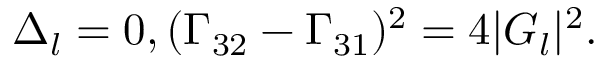
\Delta _ { l } = 0 , ( \Gamma _ { 3 2 } - \Gamma _ { 3 1 } ) ^ { 2 } = 4 | G _ { l } | ^ { 2 } .